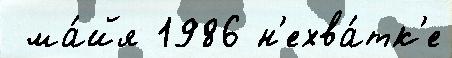
 ма́йя 1986 н'ехва́тк'е